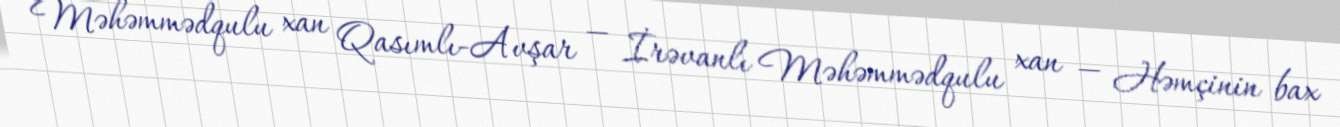
Məhəmmədqulu xan Qasımlı-Avşar — İrəvanlı Məhəmmədqulu xan — Həmçinin bax